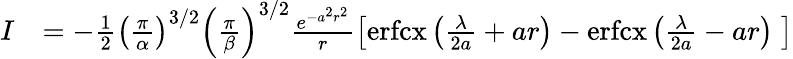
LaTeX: \begin{array}{rl}{I}&{=-\frac{1}{2}\left(\frac{\pi}{\alpha}\right)^{3/2}\left(\frac{\pi}{\beta}\right)^{3/2}\frac{e^{-a^{2}r^{2}}}{r}\left[\mathrm{erfcx}\left(\frac{\lambda}{2a}+ar\right)-\mathrm{erfcx}\left(\frac{\lambda}{2a}-ar\right)\; \right]}\end{array}